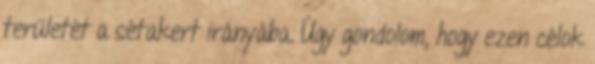
területét a sétakert irányába. Úgy gondolom, hogy ezen célok